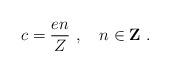
LaTeX: \begin{align*}c = \frac{en}{Z} \ ,\quad n \in {\bf Z}\ . \end{align*}